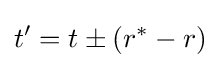
t'=t\pm (r^{*}-r)